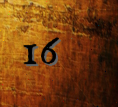
16